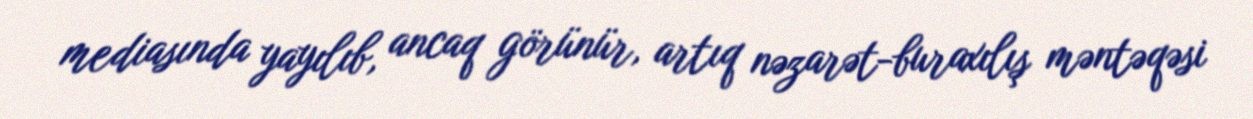
mediasında yayılıb, ancaq görünür, artıq nəzarət-buraxılış məntəqəsi